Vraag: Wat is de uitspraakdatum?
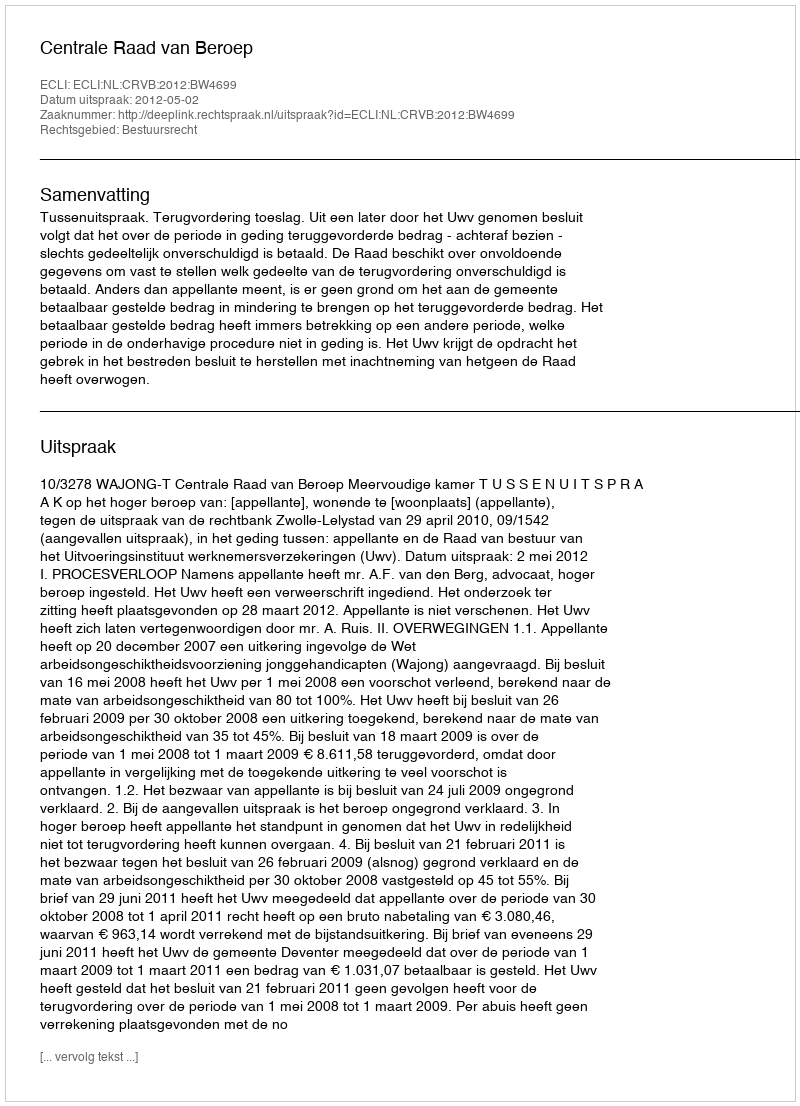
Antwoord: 2012-05-02